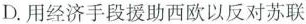
D.用经济手段援助西欧以反对苏联